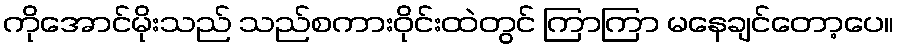
ကိုအောင်မိုးသည် သည်စကားဝိုင်းထဲတွင် ကြာကြာ မနေချင်တော့ပေ။